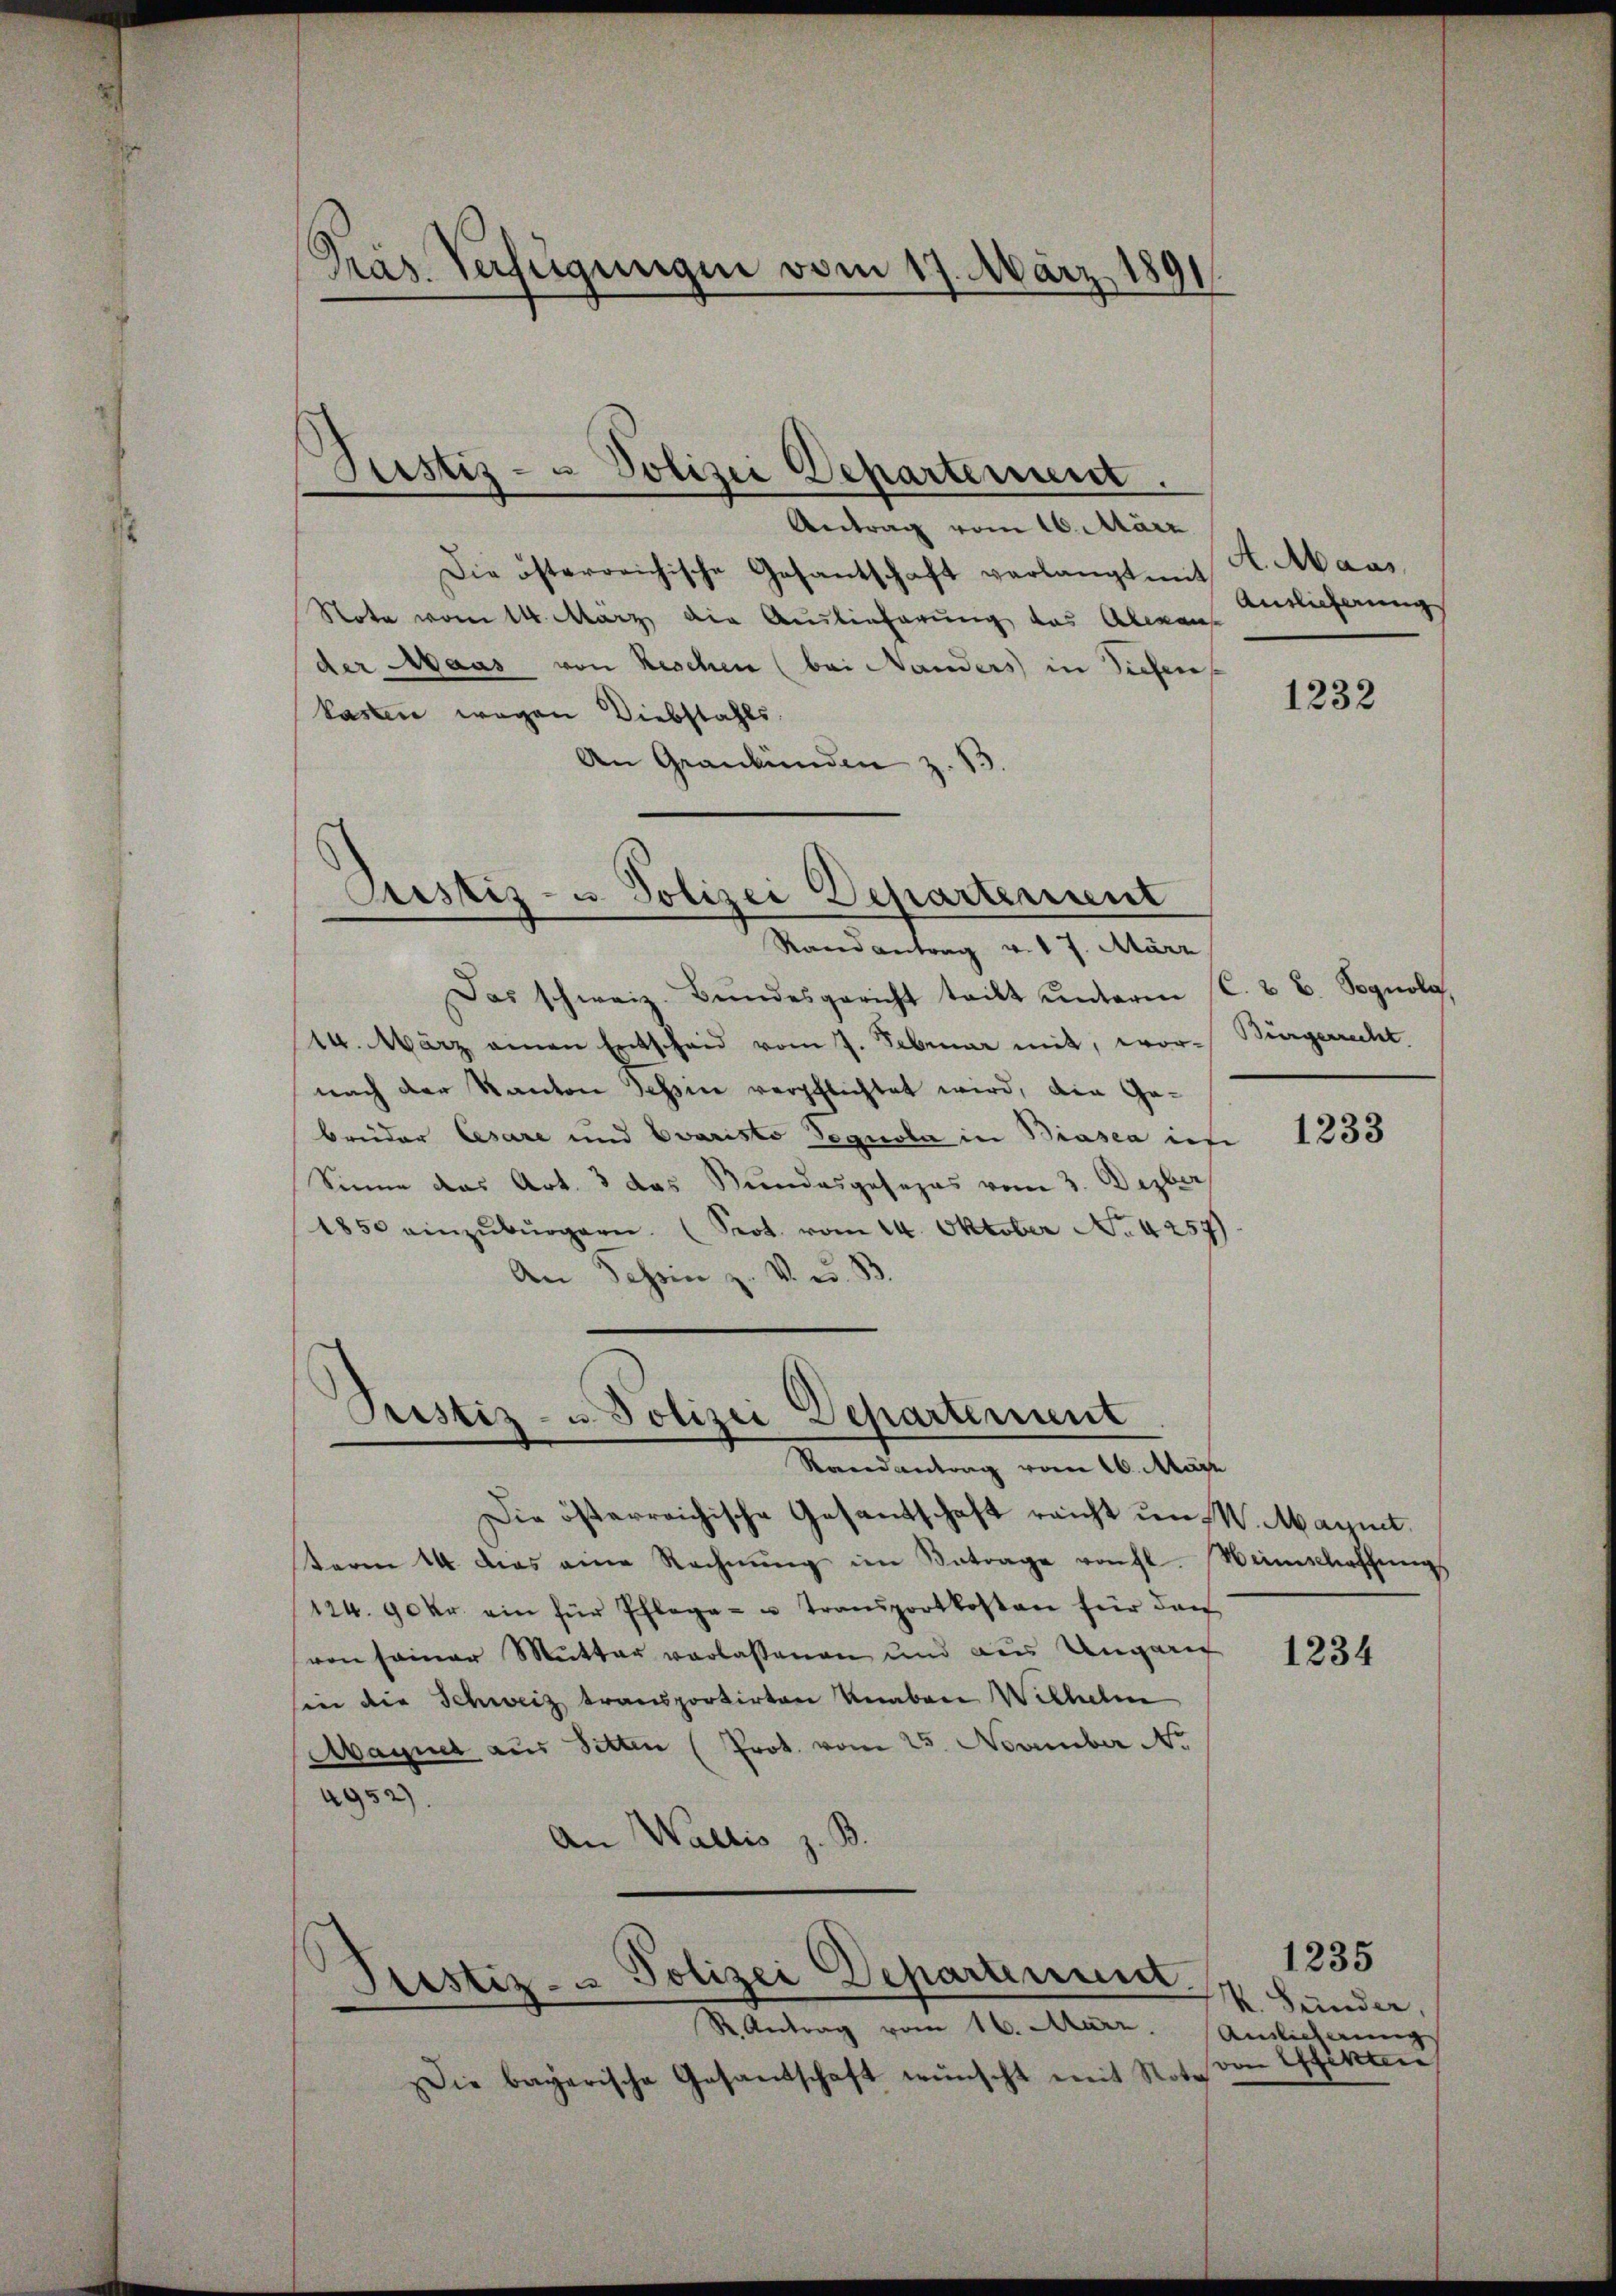
Präs. Verfügungen vom 17. März 1891.

Justiz- & Polizei Departement.

Antrag vom 16. März
Die österreichische Gesantschaft verlangt mit
Note vom 14. März die Auslieferung das Aleman
der Maas von Reschen (bei Handers in Siehen
kasten wegen Diebstahls
An Graubünden z. B.

Justiz- u. Polizei Departement
e
Randantrag v. 7. März

Das schweiz. Bŭndesgericht tritt ŭnterm (C. & B. Pognolg,
14. März einen Entscheid vom 7. Februar mit, wornach der Kanton Tessin verpflichtet wird, die Gebrüder Cesare und Evaristo Pegnola in Biasca inf
Sinne das Art. 3 das Bundesgesezes vom 3. Dezber
1850 einzŭbürgern. (Seot. vom 14. Oktober No. 4257).
An Schein z. V. u. B.

Pristiz- u. Polizei Departement
Raandantrag vom 26. März

Die österreichische Gesandschaft reicht um W. Maynt.
term 14. dies eine Rechnŭng im Betrage roht. Weinschaffungs
124. 90 kr. ein für Pflega- u Transportkosten für dan
ven seiner Mutter verlassenen und aus Ungari
sin die Schweiz transportirten Knaben Wilhelm
Maguet aus Sitten (Prot. vom 25. November No
4952).
An Wallis z. B.

Justiz- & Polizei Departement.
R. Antrag vom 16. März. Amtlicherung

Die bayerische Gesandschaft wünscht mit Note

A Maas
Antlicherung

1232

Bürgerrecht.

1233

1234

k. Sünder,
ven Einen

1235